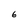
Character: 6